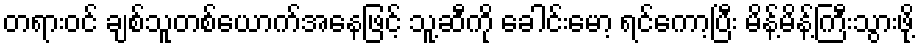
တရားဝင် ချစ်သူတစ်ယောက်အနေဖြင့် သူ့ဆီကို ခေါင်းမော့ ရင်ကော့ပြီး မိန့်မိန့်ကြီးသွားဖို့